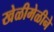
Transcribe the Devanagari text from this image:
खेळीमेळीने